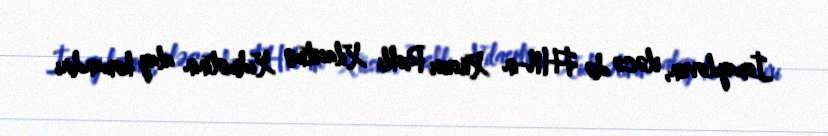
İsmayılovun, eləcə də FHN-in Xüsusi Riskli Xilasetmə Xidmətinin alay komandiri